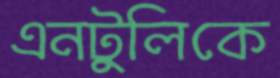
এনটুলিকে